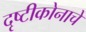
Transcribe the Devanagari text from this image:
दृष्टीकोनाचे